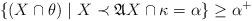
LaTeX: \begin{align*} \{ (X \cap \theta) \ | \ X \prec \mathfrak{A} X \cap \kappa = \alpha \} \ge \alpha^+\end{align*}